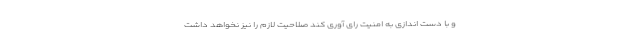
و با دست اندازی به امنیت رای آوری کند صلاحیت لازم را نیز نخواهد داشت